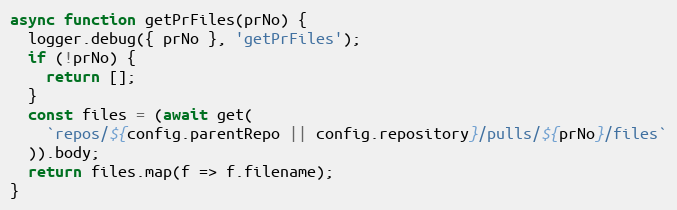
Language: JavaScript
async function getPrFiles(prNo) {
  logger.debug({ prNo }, 'getPrFiles');
  if (!prNo) {
    return [];
  }
  const files = (await get(
    `repos/${config.parentRepo || config.repository}/pulls/${prNo}/files`
  )).body;
  return files.map(f => f.filename);
}